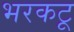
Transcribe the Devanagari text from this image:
भरकटू